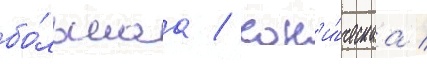
бо́льшаа / кон'и́ческаа /